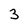
Character: 3